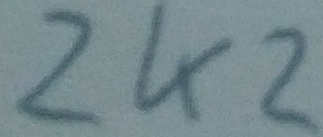
Text: 2K2